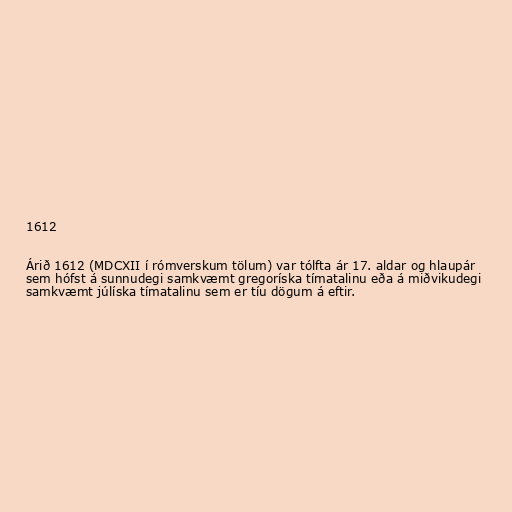
1612

Árið 1612 (MDCXII í rómverskum tölum) var tólfta ár 17. aldar og hlaupár
sem hófst á sunnudegi samkvæmt gregoríska tímatalinu eða á miðvikudegi
samkvæmt júlíska tímatalinu sem er tíu dögum á eftir.